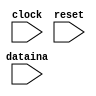
module memtomemtrans(clock,reset,dataina);

/*Input Ports*/
input reset,clock;
input [7:0] dataina;

/*Unidirectional, SRAM like memory declaration*/
reg [7:0] mema [7:0];
reg [7:0] memb [4:0];

reg [4:0] temp;
reg wea,incb,web;
reg rstinput,inca;
reg [2:0] addra;
reg [1:0] addrb;
reg [7:0] dout1;
reg [7:0] dout2;
reg [7:0] result;
reg [7:0] addout;
reg [7:0] subout;
reg [7:0] datainb;

initial 
begin 
addra =-1;
addrb = 0;
temp = 0;
wea = 0;
web = 0;
inca = 0;
incb = 0;
datainb = 0;
end

always @(posedge clock)
begin
 if(rstinput==1) 
 begin
 temp = 5'b0000;
 end 
 else 
 begin   
temp = temp + 1; /*Increment the 5-bit counter for the controller*/
/*Reduced expressions for counter-decoder scheme*/ 
wea = (~temp[4]&~temp[3]&temp[2]) | (~temp[4]&~temp[3]&temp[1]) | (~temp[4]&~temp[3]&~temp[2]&temp[0]) | (temp[3]&~temp[1]&~temp[0]&~temp[4]&~temp[2]);
incb = (~temp[4]&temp[3]&temp[2]&temp[0]) | (~temp[4]&temp[3]&temp[1]&temp[0]);
inca = 1;
/*web = (~temp[4]&temp[3]&~temp[2]&temp[1]&~temp[0]) | (~temp[4]&temp[3]&temp[2]&~temp[1]&~temp[0]) | (~temp[4]&temp[3]&temp[2]&temp[1]&~temp[0]) 
| (temp[4]&~temp[3]&~temp[2]&~temp[1]&~temp[0]);*/
web = (~temp[4] & temp[3] & temp[2] & ~temp[0]) | (~temp[4] & temp[3] & temp[1] & ~temp[0]) | (temp[4] & ~temp[3] & ~temp[2] & ~temp[1] & ~temp[0]);
rstinput = (temp[4]&~temp[3]&~temp[2]&temp[1]&~temp[0]) | reset; /*Reset after 18 clock cycles*/
end

/*Counters to determine the addresses for Memory A and B*/
if(reset)
begin
addra <= 0;
addrb <= 0;
end
else
begin
if(inca)
addra <= addra + 1;
if(incb)
addrb <= addrb + 1;
end

/*If write enable is set, write to memory; otherwise read from memory*/
if(wea) 
mema[addra] <= dataina;

if(wea==0) 
begin
dout1 <= mema[addra];
dout2 <= dout1;
end
end

/*Calculate add & sub result*/
always @(dout2 or dout1)
begin
addout <= dout2 + dout1;
subout <= dout2 - dout1;
result <= dout1 - dout2;
end

/*Depending on M.S.B, write the result to Memory B*/
always @(result[7] or addout or subout)
begin 
if(web)
begin
if(result[7]) datainb = addout;
else 		  datainb = subout;	
memb[addrb] <= datainb;
end	
end
endmodule